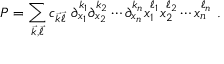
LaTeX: P = \sum _ { { \vec { k } } , { \vec { \ell } } } c _ { { \vec { k } } { \vec { \ell } } } \, \, \partial _ { x _ { 1 } } ^ { k _ { 1 } } \partial _ { x _ { 2 } } ^ { k _ { 2 } } \cdots \partial _ { x _ { n } } ^ { k _ { n } } x _ { 1 } ^ { \ell _ { 1 } } x _ { 2 } ^ { \ell _ { 2 } } \cdots x _ { n } ^ { \ell _ { n } } ~ .